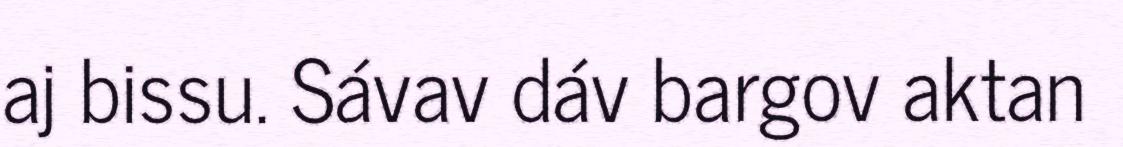
aj bissu. Sávav dáv bargov aktan